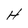
Character: H